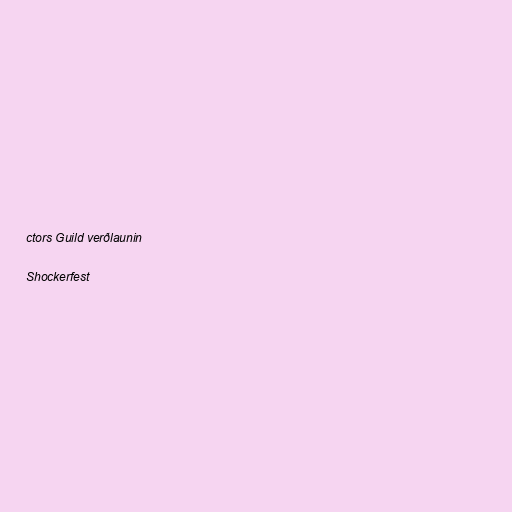
ctors Guild verðlaunin

Shockerfest